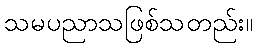
သမပညာသဖြစ်သတည်း။